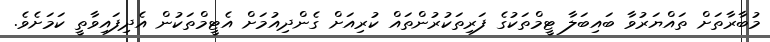
މުބާރާތަށް ތައްޔަރުވާ ބައިބަލާ ޓީމްތަކުގެ ފަރިތަކުރުންތައް ކުރިއަށް ގެންދިއުމަށް އެޓީމްތަކުން އެދިފައިވާތީ ކަމަށެވެ.